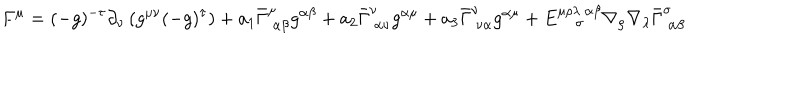
F ^ { \mu } = ( - g ) ^ { - \tau } \partial _ { \nu } \left( g ^ { \mu \nu } ( - g ) ^ { \tau } \right) + a _ { 1 } \bar { \Gamma } _ { ~ \alpha \beta } ^ { \mu } g ^ { \alpha \beta } + a _ { 2 } \bar { \Gamma } _ { ~ \alpha \nu } ^ { \nu } g ^ { \alpha \mu } + a _ { 3 } \bar { \Gamma } _ { ~ \nu \alpha } ^ { \nu } g ^ { \alpha \mu } + E _ { ~ \sigma } ^ { \mu \rho \lambda ~ \alpha \beta } \nabla _ { \rho } \nabla _ { \lambda } \bar { \Gamma } _ { ~ \alpha \beta } ^ { \sigma }